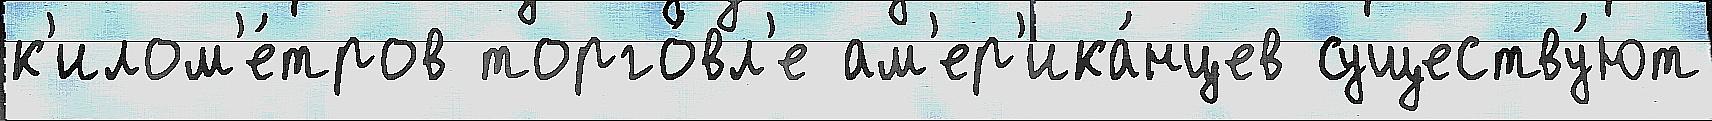
к'илом'е́тров торго́вл'е ам'ер'ика́нцев существу́ют